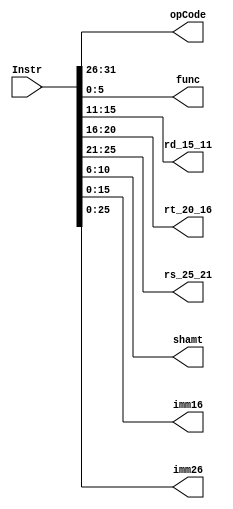
`timescale 1ns / 1ps

module Decd(
    input [31:0] Instr,
    output [31:26] opCode,
    output [5:0] func,
    output [15:11] rd_15_11,
    output [20:16] rt_20_16,
    output [25:21] rs_25_21,
    output [10:6] shamt,
    output [15:0] imm16,
    output [25:0] imm26
    );
    
    assign { opCode, rs_25_21, rt_20_16, rd_15_11, shamt, func } = Instr;
    assign imm16 = Instr[15:0];
    assign imm26 = Instr[25:0];


endmodule